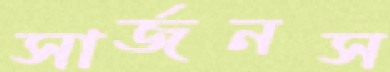
সার্জনস